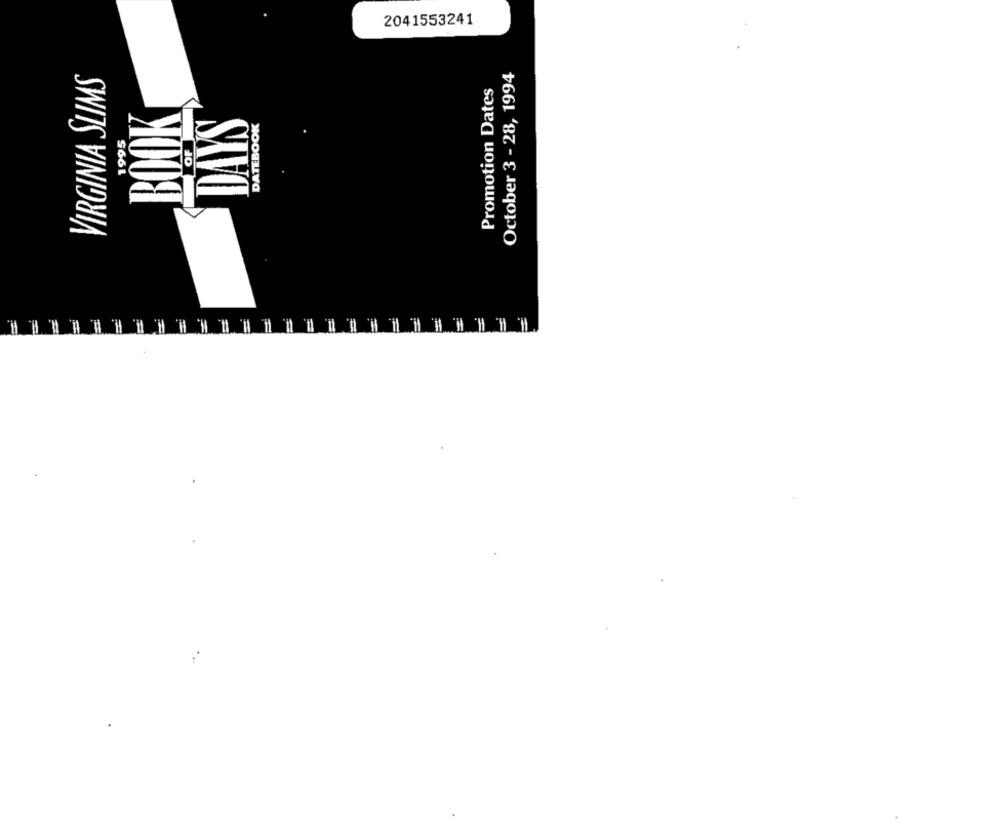
2041553241
October 3 - 28, 1994
VIRGINIA SLIMS
Promotion Dates
BOOK
DAYS
DATEBOOK
1995
OF
=